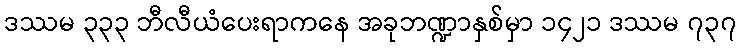
ဒဿမ ၃၃၃ ဘီလီယံပေးရာကနေ အခုဘဏ္ဍာနှစ်မှာ ၁၄၂၁ ဒဿမ ၇၃၇